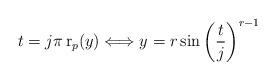
LaTeX: \begin{align*} t=j\pi\operatorname{r}_p(y) \Longleftrightarrow y=r\sin\left(\frac{t}{j}\right)^{r-1}\end{align*}